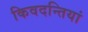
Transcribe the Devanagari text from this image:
किवदन्तियां